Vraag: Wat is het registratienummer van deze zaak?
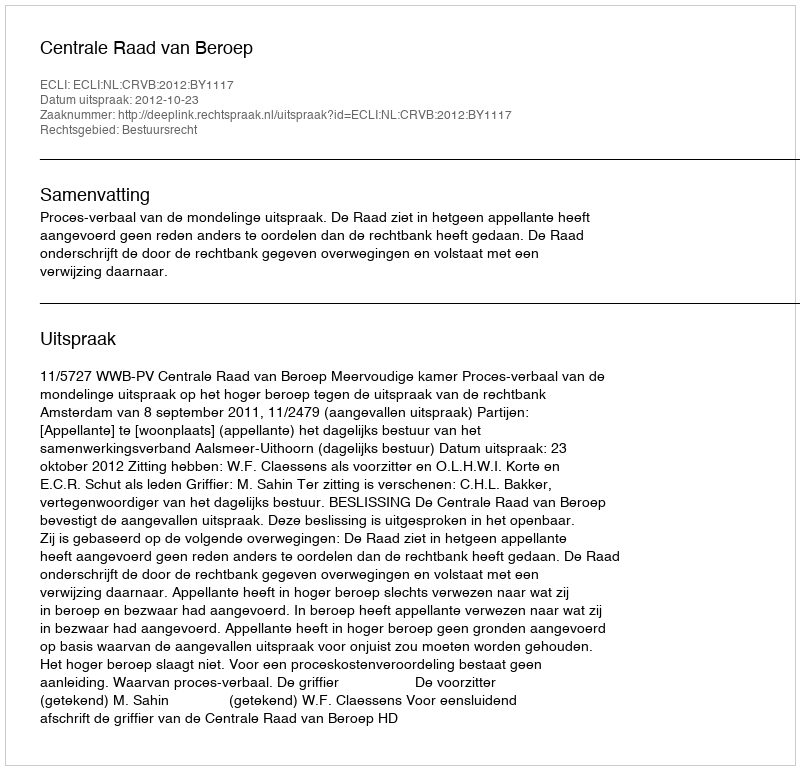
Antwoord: http://deeplink.rechtspraak.nl/uitspraak?id=ECLI:NL:CRVB:2012:BY1117